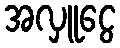
အလှူငွေ